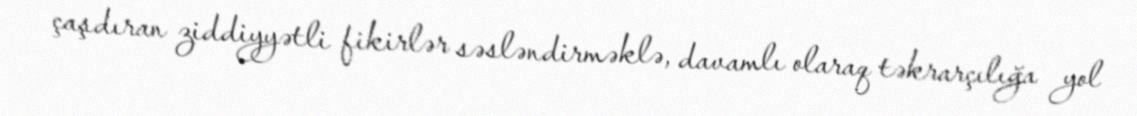
çaşdıran ziddiyyətli fikirlər səsləndirməklə, davamlı olaraq təkrarçılığa yol